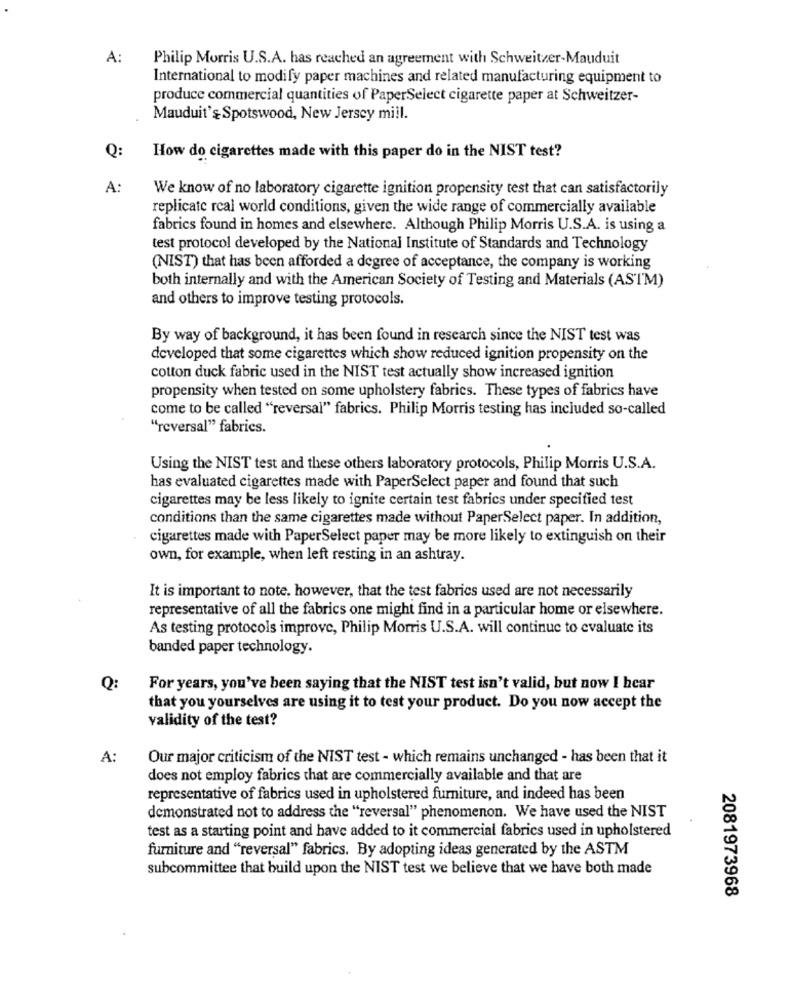
A:
Philip Morris U.S.A. has reached an agreement with Schweitzer-Mauduit
International to modify paper machines and related manufacturing equipment to
produce commercial quantities of PaperSelect cigarette paper at Schweitzer-
Mauduit's Spotswood, New Jersey mill.
Q:
How do cigarettes made with this paper do in the NIST test?
A:
We know of no laboratory cigarette ignition propensity test that can satisfactorily
replicate real world conditions, given the wide range of commercially available
fabrics found in homes and elsewhere. Although Philip Morris U.S.A. is using a
test protocol developed by the National Institute of Standards and Technology
(NIST) that has been afforded a degree of acceptance, the company is working
both internally and with the American Society of Testing and Materials (ASTM)
and others to improve testing protocols.
By way of background, it has been found in research since the NIST test was
developed that some cigarettes which show reduced ignition propensity on the
cotton duck fabric used in the NIST test actually show increased ignition
propensity when tested on some upholstery fabrics. These types of fabrics have
come to be called "reversal" fabrics. Philip Morris testing has included so-called
"reversal" fabrics.
Using the NIST test and these others laboratory protocols, Philip Morris U.S.A.
has evaluated cigarettes made with PaperSelect paper and found that such
cigarettes may be less likely to ignite certain test fabrics under specified test
conditions than the same cigarettes made without PaperSelect paper. In addition,
cigarettes made with PaperSelect paper may be more likely to extinguish on their
own, for example, when left resting in an ashtray.
It is important to note, however, that the test fabrics used are not necessarily
representative of all the fabrics one might find in a particular home or elsewhere.
As testing protocols improve, Philip Morris U.S.A. will continue to evaluate its
banded paper technology.
Q:
For years, you've been saying that the NIST test isn't valid, but now I hear
that you yourselves are using it to test your product. Do you now accept the
validity of the test?
A:
Our major criticism of the NIST test - which remains unchanged - has been that it
does not employ fabrics that are commercially available and that are
representative of fabrics used in upholstered furniture, and indeed has been
demonstrated not to address the "reversal" phenomenon. We have used the NIST
test as a starting point and have added to it commercial fabrics used in upholstered
furniture and "reversal" fabrics. By adopting ideas generated by the ASTM
subcommittee that build upon the NIST test we believe that we have both made
2081973968